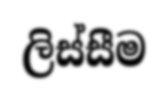
ලිස්සීම